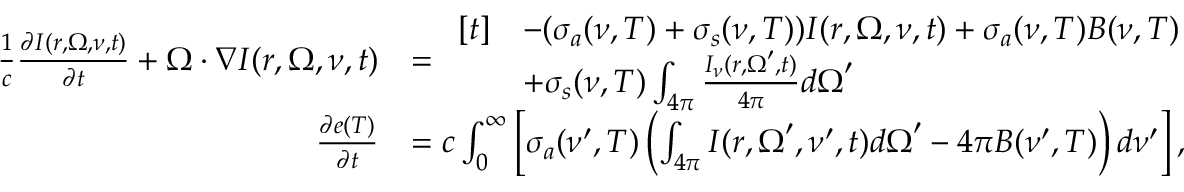
\begin{array} { r l } { \frac { 1 } { c } \frac { \partial I ( \boldsymbol { r } , \boldsymbol { \Omega } , \nu , t ) } { \partial t } + \boldsymbol { \Omega \cdot \nabla } I ( \boldsymbol { r } , \boldsymbol { \Omega } , \nu , t ) } & { = \begin{array} { r l } { [ t ] } & { - ( \sigma _ { a } ( \nu , T ) + \sigma _ { s } ( \nu , T ) ) I ( \boldsymbol { r } , \boldsymbol { \Omega } , \nu , t ) + \sigma _ { a } ( \nu , T ) B ( \nu , T ) } \\ & { + \sigma _ { s } ( \nu , T ) \int _ { 4 \pi } \frac { I _ { \nu } ( \boldsymbol { r } , \boldsymbol { \Omega } ^ { \prime } , t ) } { 4 \pi } \boldsymbol { d \Omega } ^ { \prime } } \end{array} } \\ { \frac { \partial e ( T ) } { \partial t } } & { = c \int _ { 0 } ^ { \infty } \left[ \sigma _ { a } ( \nu ^ { \prime } , T ) \left( \int _ { 4 \pi } I ( \boldsymbol { r } , \boldsymbol { \Omega } ^ { \prime } , \nu ^ { \prime } , t ) \boldsymbol { d \Omega } ^ { \prime } - 4 \pi B ( \nu ^ { \prime } , T ) \right) d \nu ^ { \prime } \right] , } \end{array}